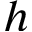
h